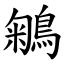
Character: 鵴